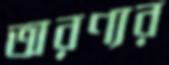
অরণ্যর